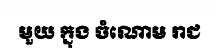
មួយ ក្នុង ចំណោម រាជ